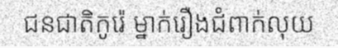
ជនជាតិកូរ៉េ ម្នាក់រឿងជំពាក់លុយ